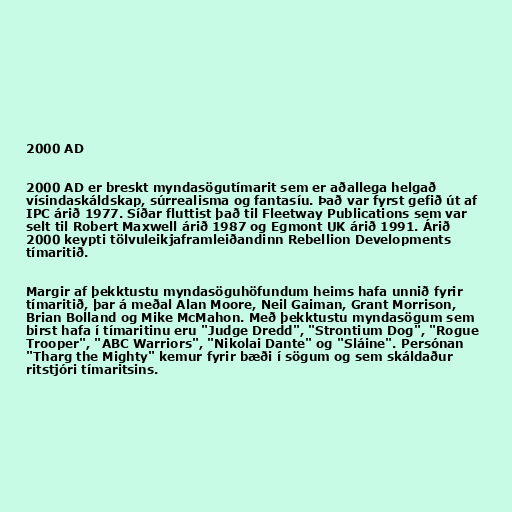
2000 AD

2000 AD er breskt myndasögutímarit sem er aðallega helgað
vísindaskáldskap, súrrealisma og fantasíu. Það var fyrst gefið út af
IPC árið 1977. Síðar fluttist það til Fleetway Publications sem var
selt til Robert Maxwell árið 1987 og Egmont UK árið 1991. Árið
2000 keypti tölvuleikjaframleiðandinn Rebellion Developments
tímaritið.

Margir af þekktustu myndasöguhöfundum heims hafa unnið fyrir
tímaritið, þar á meðal Alan Moore, Neil Gaiman, Grant Morrison,
Brian Bolland og Mike McMahon. Með þekktustu myndasögum sem
birst hafa í tímaritinu eru "Judge Dredd", "Strontium Dog", "Rogue
Trooper", "ABC Warriors", "Nikolai Dante" og "Sláine". Persónan
"Tharg the Mighty" kemur fyrir bæði í sögum og sem skáldaður
ritstjóri tímaritsins.